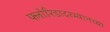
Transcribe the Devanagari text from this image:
फ्लोरिडादरम्यानच्या